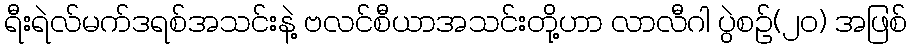
ရီးရဲလ်မက်ဒရစ်အသင်းနဲ့ ဗလင်စီယာအသင်းတို့ဟာ လာလီဂါ ပွဲစဉ်(၂၀) အဖြစ်